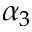
\alpha _ { 3 }